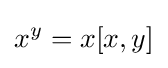
x^{y}=x[x,y]